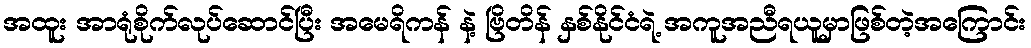
အထူး အာရုံစိုက်လုပ်ဆောင်ပြီး အမေရိကန် နဲ့ ဗြိတိန် နှစ်နိုင်ငံရဲ့ အကူအညီရယူမှာဖြစ်တဲ့အကြောင်း